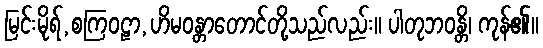
မြင်းမိုရ်,စကြဝဠာ,ဟိမဝန္တာတောင်တို့သည်လည်း။ ပါတုဘဝန္တိ၊ ကုန်၏။